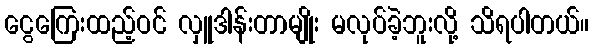
ငွေကြေးထည့်ဝင် လှူဒါန်းတာမျိုး မလုပ်ခဲ့ဘူးလို့ သိရပါတယ်။